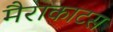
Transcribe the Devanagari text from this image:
मैराकाटस